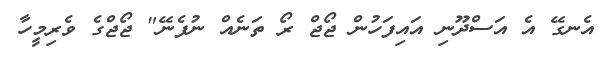
އެނގޭ އެ އަސްދޫނި އައިފަހުން ޖޯޖް ރޯ ތަނެއް ނުފެނޭ" ޖޯޖްގެ ވެރިމީހާ